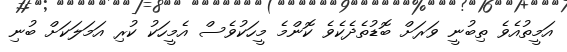
އަމީތުއެވެ ތިބުނީ ވަރަށް ބޮޑުތެދެކެވެ ކޮންމެ މީހަކުވެސް އެމީހަކު ކުރި އަމަލަކަށް ބުނި